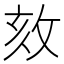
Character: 𢼵